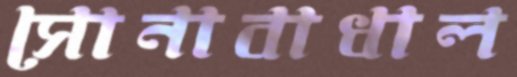
সোনাবাধাল